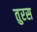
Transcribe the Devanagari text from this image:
तुरस